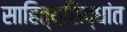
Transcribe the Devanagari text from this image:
साहित्यसिद्धांत